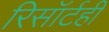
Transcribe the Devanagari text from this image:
रिसॉर्टही